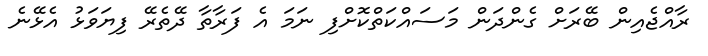
ރާއްޖެއިން ބޭރަށް ގެންދަން މަސައްކަތްކޮށްފި ނަމަ އެ ފަރާތާ ދޭތެރޭ ފިޔަވަޅު އެޅޭނެ